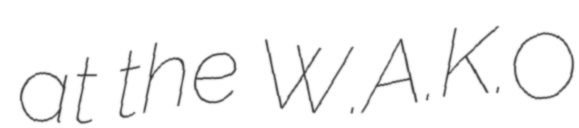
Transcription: at the W.A.K.O